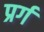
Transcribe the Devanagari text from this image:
प्रर्ग